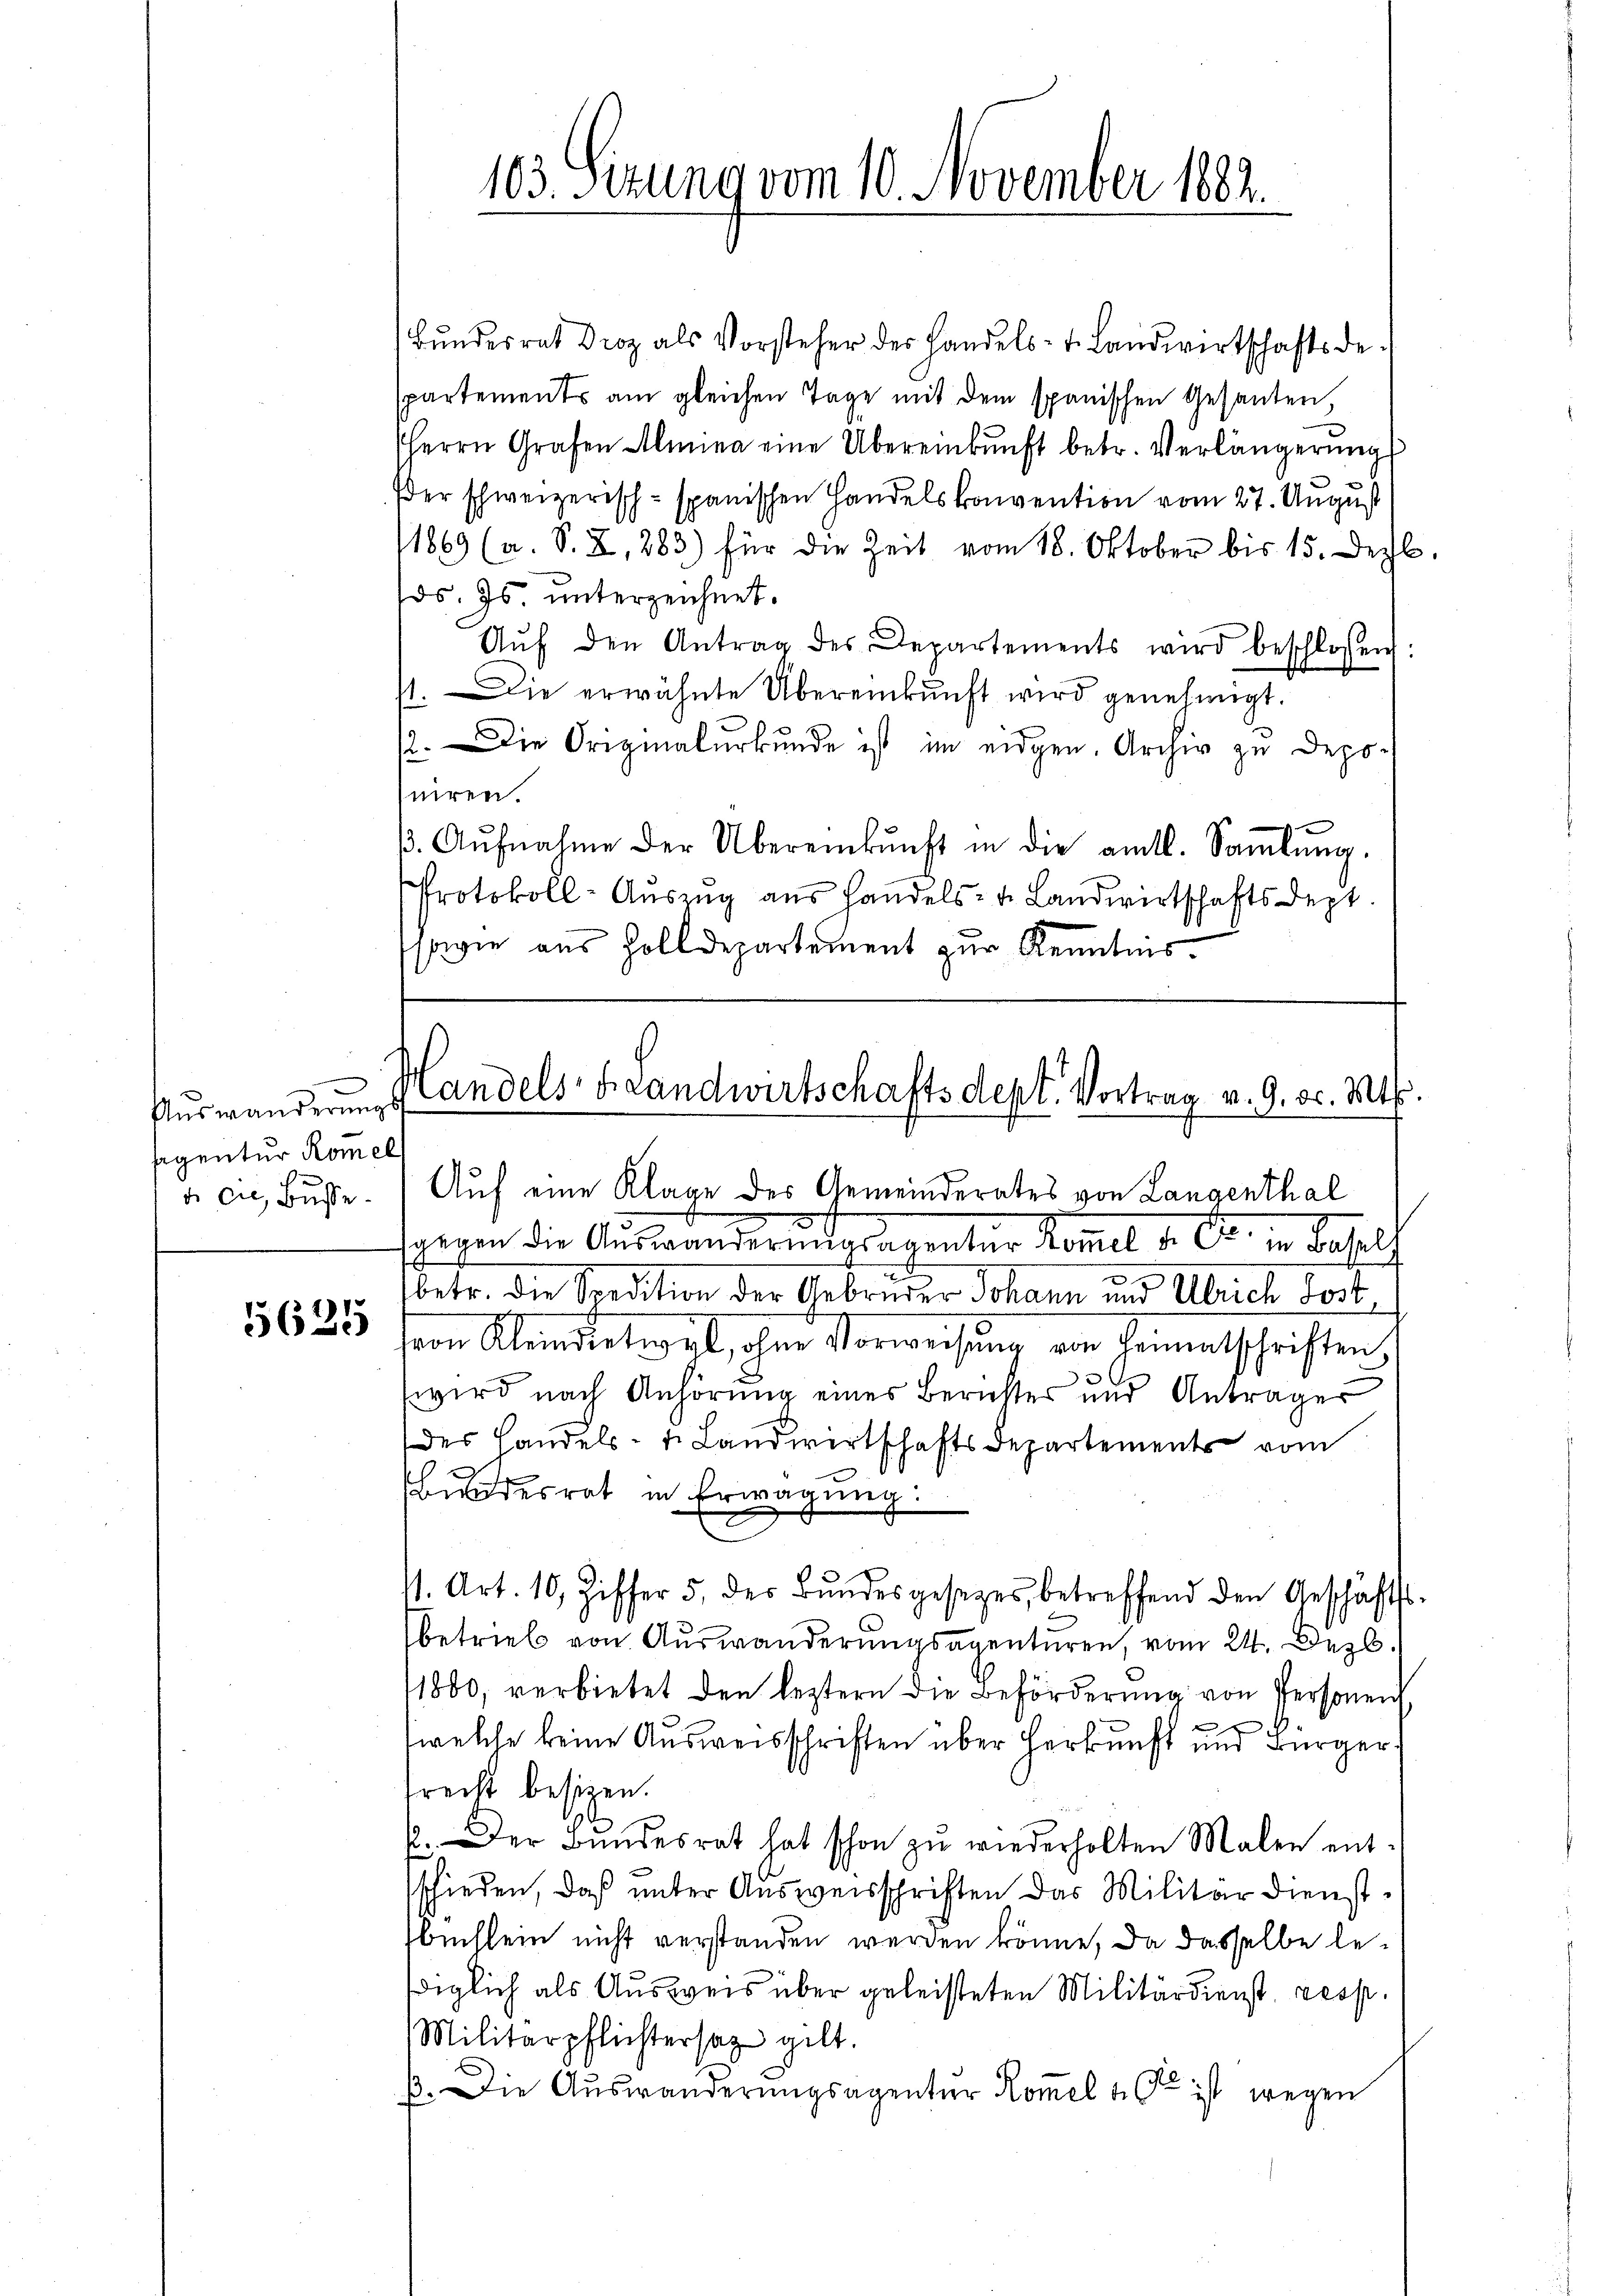
Auswanderungs
sagentur Romel
d die Busse

5625

Bundesrat Droz als Vorsteher der Handels- u. Landwirtschaftsdespartements am gleichen Tage mit dem spanischen Gesanten,
HHerrn Grafen Almina eine Übereinkunft betr. Verlängerŭngs
der schweizerisch-spanischen Handelskonvention vom 27. August
1869 (a. S. X, 283) für die Zeit vom 18. Oktober bis 15. Dezb
os. Es unterzeichnet.
Aŭf den Antrag des Departements wird beschlossen:
71. Die erwähnte Übereinkunft wird genehmigt.
2. Die Originalurkunde ist im eidgen. Archiv zu Deponiren.
. Aŭfnahme der Übereinkunft in die amtl. Saṁlŭng,
Protokoll-Auszug aus handels- u. Landwirtschaftsdept.
sgie aus Zolldepartement zur Kenntnis.

103. Sizung vom 10. November 1882.

Landels Handwirtschaftsdept. Vortrag v. 9. d. Mts.

Auf eine Klage des Gemeinderates von Langenthal
gegen die Auswanderungsagentur Komel d. Er in Basel
2
betr. die Spedition der Gebrüder Johann und Ulrich Jost,
von Kleinstetiget, ohne Vorweisung von Leimatschriften,
wird nach Anhörung eines Berichtes und Anträger
des Handels- 1. Landwertschaftsdepartements vom
Bundesrat in Erwägung:
11. Art. 10, Ziffer 5. der Bŭndesgesetzes, betreffend den Geschäfts-
betrieb von Auswanderungsagenturen, vom 24. Dezb.
11800, verbietet den leztern die Beförderung von Personen
welche keine Ausweisschriften über Herkunft und Bürger
srecht besizen.
t
. Der Bŭndesrat hat schon zŭ wiederholten Malen ent-
schieden, daß unter Ausweisschriften das Militärdienstbuchlein nicht verstanden werden könne, da dasselbe lediglich als Ausweis über geleisteten Militärdienst resp.
Militärpflichtersag gilt.
ß. Die Auswanderungsagenter Kommel u. ist wegen